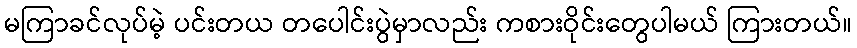
မကြာခင်လုပ်မဲ့ ပင်းတယ တပေါင်းပွဲမှာလည်း ကစားဝိုင်းတွေပါမယ် ကြားတယ်။